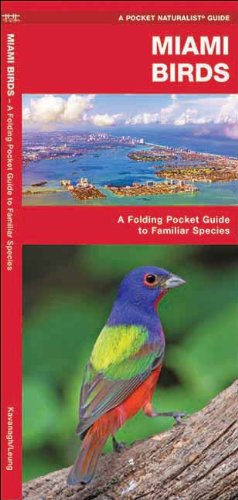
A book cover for Miami Birds: A Folding Pocket Guide to Familiar Species (Pocket Naturalist Guide Series); James Kavanagh; Travel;